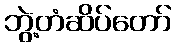
ဘွဲ့တံဆိပ်တော်